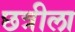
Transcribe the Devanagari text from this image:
छत्रीला